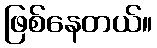
ဖြစ်နေတယ်။